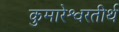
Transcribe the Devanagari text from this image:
कुमारेश्वरतीर्थ